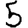
Digit: 5